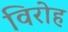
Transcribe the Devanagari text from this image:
विरोह